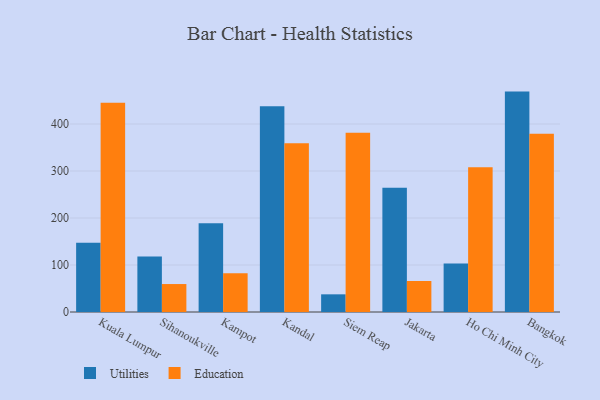
{"axis": {"x": "City", "y": "Waste Production (Tons)"}, "legend": ["Education", "Utilities"], "data": [{"x": "Kuala Lumpur", "y": 147.2, "type": "Utilities"}, {"x": "Kuala Lumpur", "y": 445.3, "type": "Education"}, {"x": "Sihanoukville", "y": 118.1, "type": "Utilities"}, {"x": "Sihanoukville", "y": 59.5, "type": "Education"}, {"x": "Kampot", "y": 189.0, "type": "Utilities"}, {"x": "Kampot", "y": 82.7, "type": "Education"}, {"x": "Kandal", "y": 437.9, "type": "Utilities"}, {"x": "Kandal", "y": 359.1, "type": "Education"}, {"x": "Siem Reap", "y": 37.6, "type": "Utilities"}, {"x": "Siem Reap", "y": 381.7, "type": "Education"}, {"x": "Jakarta", "y": 264.3, "type": "Utilities"}, {"x": "Jakarta", "y": 66.0, "type": "Education"}, {"x": "Ho Chi Minh City", "y": 103.0, "type": "Utilities"}, {"x": "Ho Chi Minh City", "y": 307.8, "type": "Education"}, {"x": "Bangkok", "y": 469.0, "type": "Utilities"}, {"x": "Bangkok", "y": 379.1, "type": "Education"}]}